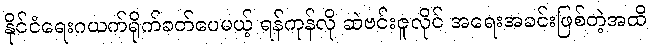
နိုင်ငံရေးဂယက်ရိုက်ခတ်ပေမယ့် ရန်ကုန်လို ဆဲဗင်းဇူလိုင် အရေးအခင်းဖြစ်တဲ့အထိ